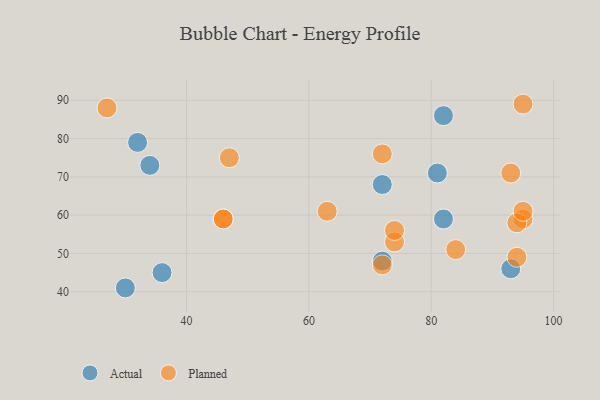
{"axis": {"x": "GDP", "y": "Life Expectancy"}, "legend": ["Actual", "Planned"], "data": [{"x": "82", "y": 86, "type": "Actual"}, {"x": "72", "y": 68, "type": "Actual"}, {"x": "32", "y": 79, "type": "Actual"}, {"x": "34", "y": 73, "type": "Actual"}, {"x": "72", "y": 48, "type": "Actual"}, {"x": "82", "y": 59, "type": "Actual"}, {"x": "81", "y": 71, "type": "Actual"}, {"x": "93", "y": 46, "type": "Actual"}, {"x": "36", "y": 45, "type": "Actual"}, {"x": "30", "y": 41, "type": "Actual"}, {"x": "46", "y": 59, "type": "Planned"}, {"x": "93", "y": 71, "type": "Planned"}, {"x": "95", "y": 89, "type": "Planned"}, {"x": "95", "y": 59, "type": "Planned"}, {"x": "72", "y": 76, "type": "Planned"}, {"x": "74", "y": 53, "type": "Planned"}, {"x": "47", "y": 75, "type": "Planned"}, {"x": "94", "y": 58, "type": "Planned"}, {"x": "63", "y": 61, "type": "Planned"}, {"x": "74", "y": 56, "type": "Planned"}, {"x": "27", "y": 88, "type": "Planned"}, {"x": "94", "y": 49, "type": "Planned"}, {"x": "84", "y": 51, "type": "Planned"}, {"x": "72", "y": 47, "type": "Planned"}, {"x": "95", "y": 61, "type": "Planned"}, {"x": "46", "y": 59, "type": "Planned"}]}